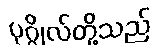
ပုဂ္ဂိုလ်တို့သည်